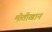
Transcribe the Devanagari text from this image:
मोतीखान